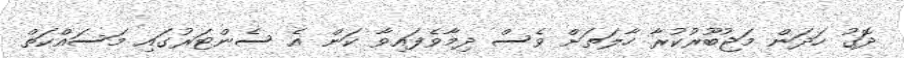
ދޮގު ހަދަން މަޖުބޫރުކުރާ ހާލަތަށް ވެސް ދިމާވެފައިވާ ކަން އެ ސެންޓަރުގައި މަސައްކަތް